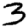
Digit: 3